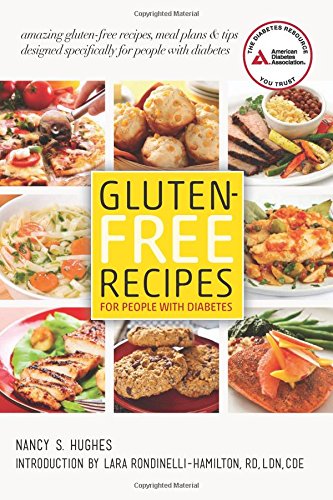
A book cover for Gluten-Free Recipes for People with Diabetes: A Complete Guide to Healthy, Gluten-Free Living; Nancy S. Hughes; Cookbooks, Food & Wine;